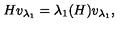
H v _ { \lambda _ { 1 } } = \lambda _ { 1 } ( H ) v _ { \lambda _ { 1 } } ,